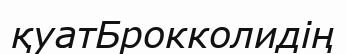
қуатБрокколидің